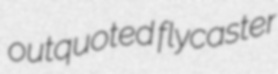
outquoted flycaster